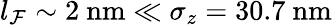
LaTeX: l_{\mathcal{F}}\sim2\ \mathrm{{nm}}\ll\sigma_{z}=30.7\ \mathrm{{nm}}